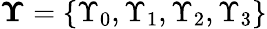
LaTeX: \boldsymbol{\Upsilon}=\left\lbrace\Upsilon_{0},\Upsilon_{1},\Upsilon_{2},\Upsilon_{3}\right\rbrace